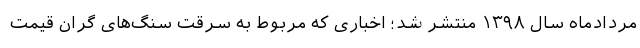
مردادماه سال ۱۳۹۸ منتشر شد؛ اخباری که مربوط به سرقت سنگ‌های گران قیمت